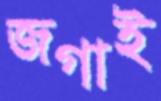
জগাই